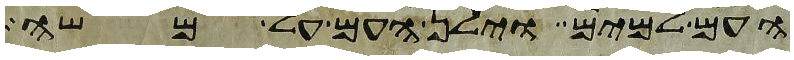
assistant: העם למים וילן העם על משה